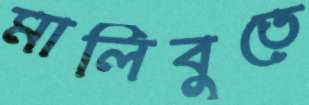
মালিবুতে